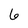
Character: 6